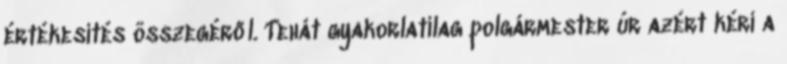
értékesítés összegéről. Tehát gyakorlatilag polgármester úr azért kéri a